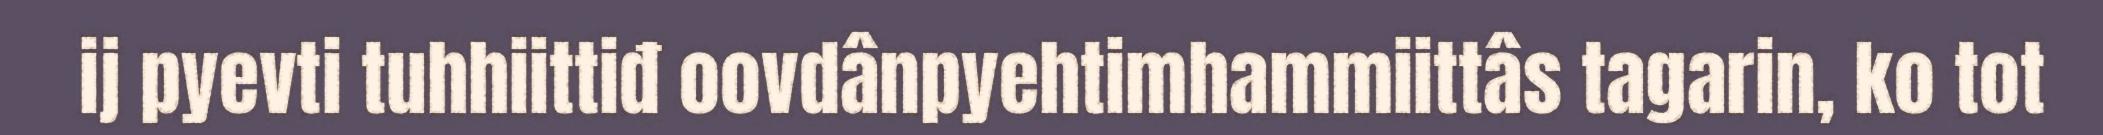
ij pyevti tuhhiittiđ oovdânpyehtimhammiittâs tagarin, ko tot